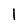
Character: l